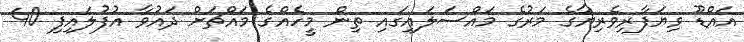
އައްޑޫ ވިޔަފާރިވެރިޔާގެ މަރުގެ މައްސަލައިގައި ތިން މީހެއްގެ މައްޗަށް ދައުވާ އުފުލައިފި 40